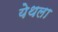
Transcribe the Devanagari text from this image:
येथला